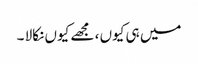
میں ہی کیوں ، مجھے کیوں نکالا ۔